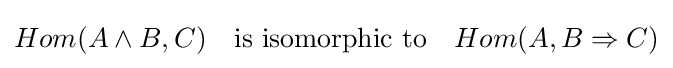
Hom(A\wedge B,C)\quad {\mbox{is isomorphic to}}\quad Hom(A,B\Rightarrow C)